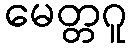
မေတ္တဂူ